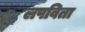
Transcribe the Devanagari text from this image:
लपविता